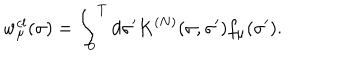
LaTeX: w _ { \mu } ^ { c l } ( \sigma ) = \int _ { 0 } ^ { T } d \sigma ^ { \prime } K ^ { ( N ) } ( \sigma , \sigma ^ { \prime } ) f _ { \mu } ( \sigma ^ { \prime } ) .